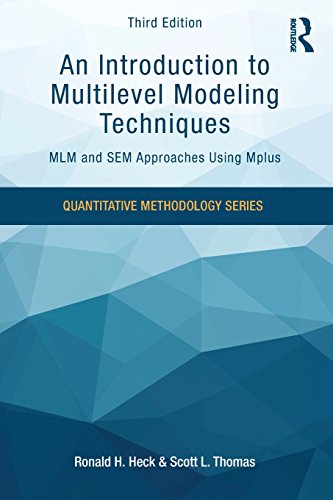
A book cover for An Introduction to Multilevel Modeling Techniques: MLM and SEM Approaches Using Mplus, Third Edition (Quantitative Methodology Series); Ronald H. Heck; Medical Books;